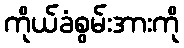
ကိုယ်ခံစွမ်းအားကို